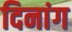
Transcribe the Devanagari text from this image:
दिनांग